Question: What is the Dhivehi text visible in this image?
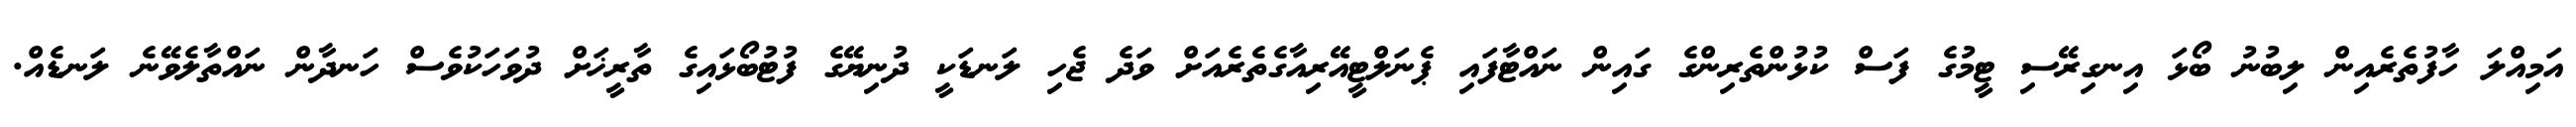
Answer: އަމިއްލަ ހާފުތެރެއިން ލިބުނު ބޯޅަ އިނގިރޭސި ޓީމުގެ ފަސް ކުޅުންތެރިންގެ ގައިން ނައްޓާފައި ޕެނަލްޓީއޭރިއާގެތެރެއަށް ވަދެ ޖެހި ލަނޑަކީ ދުނިޔޭގެ ފުޓުބޯޅައިގެ ތާރީޚަށް ދުވަހަކުވެސް ހަނދާން ނައްތާލެވޭނެ ލަނޑެއް.